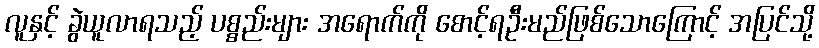
လူနှင့် ခွဲယူလာရသည့် ပစ္စည်းများ အရောက်ကို စောင့်ရဦးမည်ဖြစ်သောကြောင့် အပြင်သို့